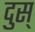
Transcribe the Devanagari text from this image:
दुस्‌